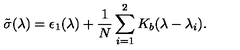
\tilde { \sigma } ( \lambda ) = \epsilon _ { 1 } ( \lambda ) + { \frac { 1 } { N } } \sum _ { i = 1 } ^ { 2 } K _ { b } ( \lambda - \lambda _ { i } ) .